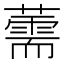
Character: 薷